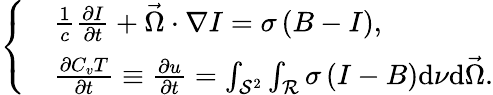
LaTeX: \left\{ \begin{array}{rl}&{\frac{1}{c}\frac{\partial I}{\partial t}+\vec{\Omega}\cdot\nabla I=\sigma\left(B-I\right),}\\ &{\frac{\partial C_{v}T}{\partial t}\equiv\frac{\partial u}{\partial t}=\int_{\mathcal{S}^{2}}\int_{\mathcal{R}}\sigma\left(I-B\right)\mathrm{d}\nu\mathrm{d}\vec{\Omega}.}\end{array}\right.